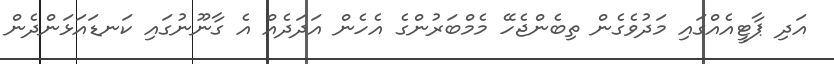
އަދި ޕާޓީއެއްގައި މަދުވެގެން ތިބެންޖެހޭ މެމްބަރުންގެ އެހެން އަދަދެއް އެ ގާނޫނުގައި ކަނޑައަޅަންދެން